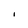
Character: i